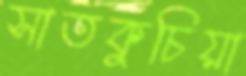
সাতকুচিয়া